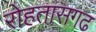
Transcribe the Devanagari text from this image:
रोहतासगढ